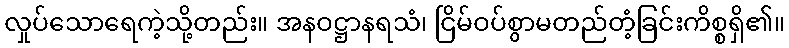
လှုပ်သောရေကဲ့သို့တည်း။ အနဝဋ္ဌာနရသံ၊ ငြိမ်ဝပ်စွာမတည်တံ့ခြင်းကိစ္စရှိ၏။